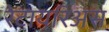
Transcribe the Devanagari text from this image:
रेटायरिअस